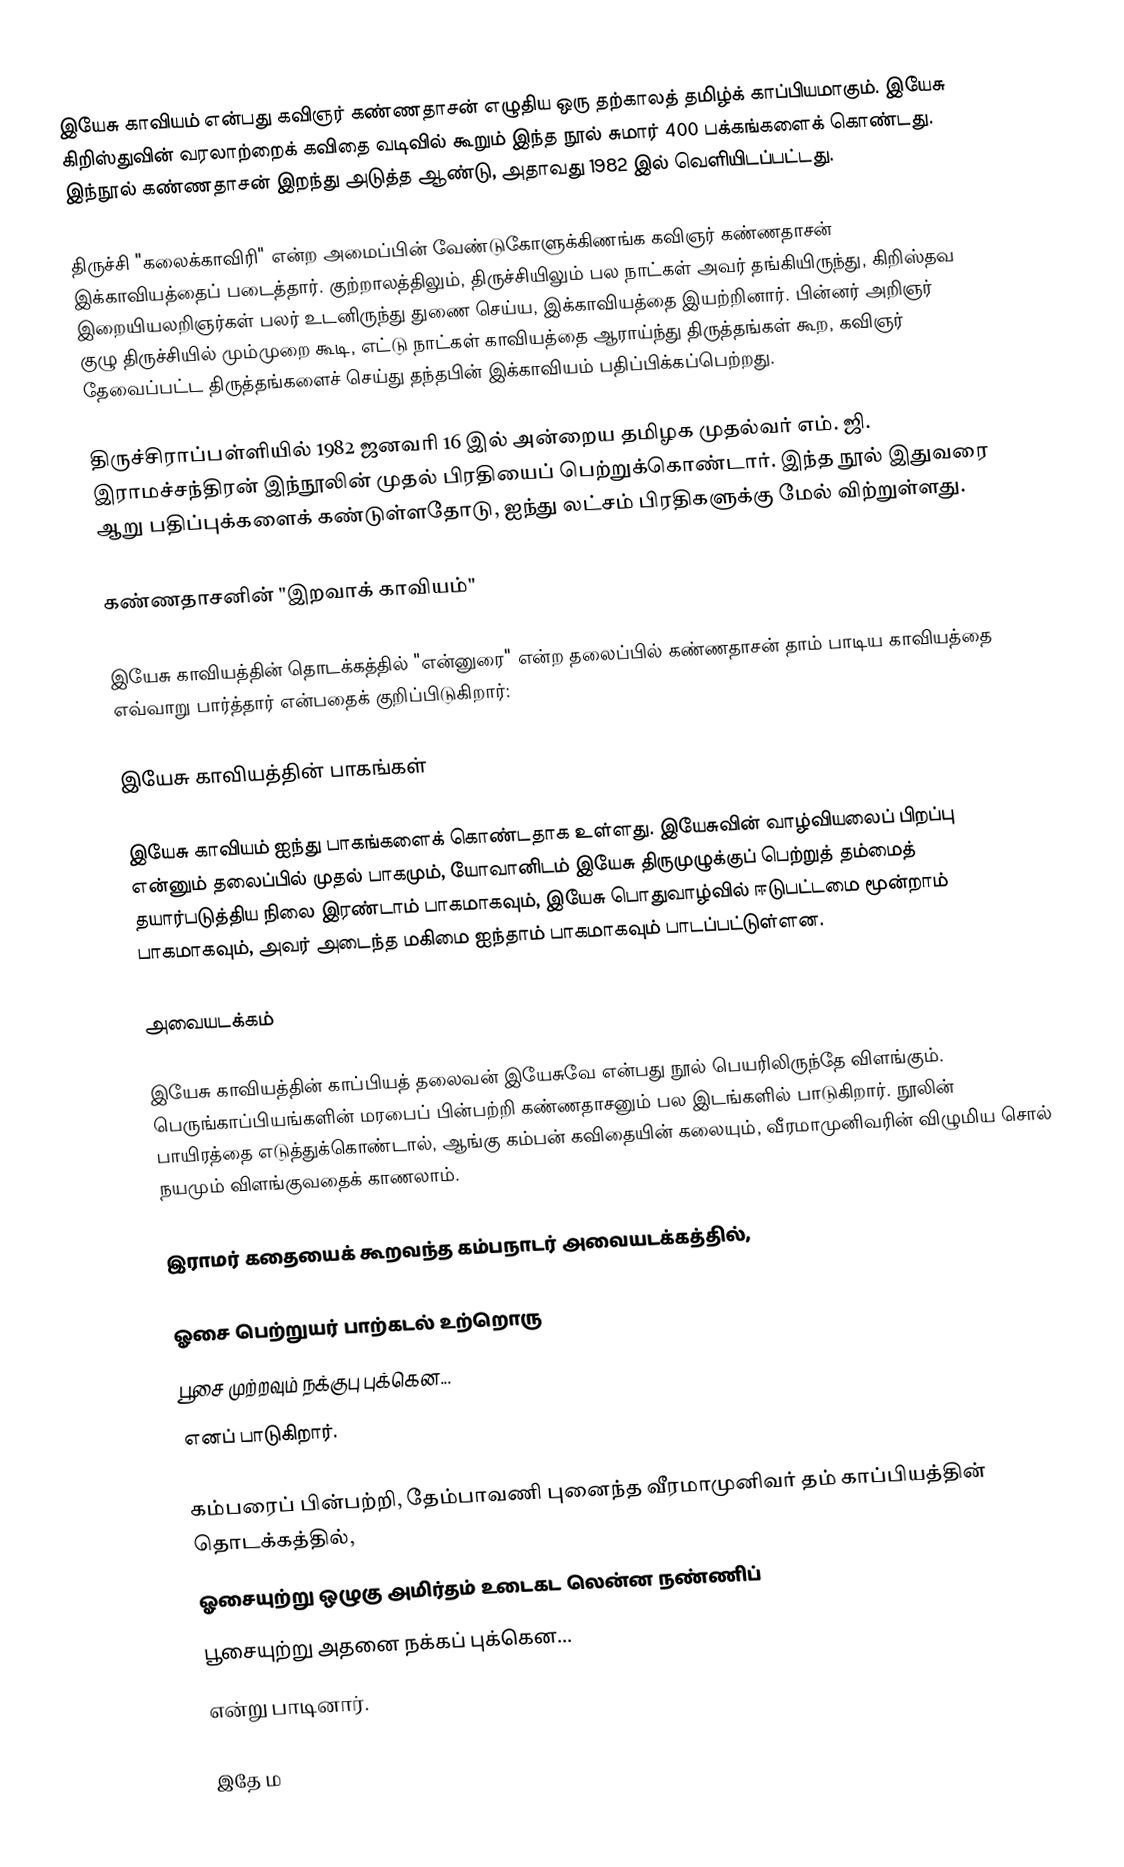
இயேசு காவியம் என்பது கவிஞர் கண்ணதாசன் எழுதிய ஒரு தற்காலத் தமிழ்க் காப்பியமாகும். இயேசு கிறிஸ்துவின் வரலாற்றைக் கவிதை வடிவில் கூறும் இந்த நூல் சுமார் 400 பக்கங்களைக் கொண்டது. இந்நூல் கண்ணதாசன் இறந்து அடுத்த ஆண்டு, அதாவது 1982 இல் வெளியிடப்பட்டது.

திருச்சி "கலைக்காவிரி" என்ற அமைப்பின் வேண்டுகோளுக்கிணங்க கவிஞர் கண்ணதாசன் இக்காவியத்தைப் படைத்தார். குற்றாலத்திலும், திருச்சியிலும் பல நாட்கள் அவர் தங்கியிருந்து, கிறிஸ்தவ இறையியலறிஞர்கள் பலர் உடனிருந்து துணை செய்ய, இக்காவியத்தை இயற்றினார். பின்னர் அறிஞர் குழு திருச்சியில் மும்முறை கூடி, எட்டு நாட்கள் காவியத்தை ஆராய்ந்து திருத்தங்கள் கூற, கவிஞர் தேவைப்பட்ட திருத்தங்களைச் செய்து தந்தபின் இக்காவியம் பதிப்பிக்கப்பெற்றது.

திருச்சிராப்பள்ளியில் 1982 ஜனவரி 16 இல் அன்றைய தமிழக முதல்வர் எம். ஜி. இராமச்சந்திரன் இந்நூலின் முதல் பிரதியைப் பெற்றுக்கொண்டார். இந்த நூல் இதுவரை ஆறு பதிப்புக்களைக் கண்டுள்ளதோடு, ஐந்து லட்சம் பிரதிகளுக்கு மேல் விற்றுள்ளது.

கண்ணதாசனின் "இறவாக் காவியம்"

இயேசு காவியத்தின் தொடக்கத்தில் "என்னுரை" என்ற தலைப்பில் கண்ணதாசன் தாம் பாடிய காவியத்தை எவ்வாறு பார்த்தார் என்பதைக் குறிப்பிடுகிறார்:

இயேசு காவியத்தின் பாகங்கள்

இயேசு காவியம் ஐந்து பாகங்களைக் கொண்டதாக உள்ளது. இயேசுவின் வாழ்வியலைப் பிறப்பு என்னும் தலைப்பில் முதல் பாகமும், யோவானிடம் இயேசு திருமுழுக்குப் பெற்றுத் தம்மைத் தயார்படுத்திய நிலை இரண்டாம் பாகமாகவும், இயேசு பொதுவாழ்வில் ஈடுபட்டமை மூன்றாம் பாகமாகவும், அவர் அடைந்த மகிமை ஐந்தாம் பாகமாகவும் பாடப்பட்டுள்ளன.

அவையடக்கம்

இயேசு காவியத்தின் காப்பியத் தலைவன் இயேசுவே என்பது நூல் பெயரிலிருந்தே விளங்கும். பெருங்காப்பியங்களின் மரபைப் பின்பற்றி கண்ணதாசனும் பல இடங்களில் பாடுகிறார். நூலின் பாயிரத்தை எடுத்துக்கொண்டால், ஆங்கு கம்பன் கவிதையின் கலையும், வீரமாமுனிவரின் விழுமிய சொல் நயமும் விளங்குவதைக் காணலாம்.

இராமர் கதையைக் கூறவந்த கம்பநாடர் அவையடக்கத்தில்,

ஓசை பெற்றுயர் பாற்கடல் உற்றொரு
பூசை முற்றவும் நக்குபு புக்கென...
எனப் பாடுகிறார்.

கம்பரைப் பின்பற்றி, தேம்பாவணி புனைந்த வீரமாமுனிவர் தம் காப்பியத்தின் தொடக்கத்தில்,
ஓசையுற்று ஒழுகு அமிர்தம் உடைகட லென்ன நண்ணிப்
பூசையுற்று அதனை நக்கப் புக்கென...
என்று பாடினார்.

இதே ம